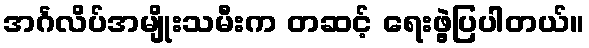
အင်္ဂလိပ်အမျိုးသမီးက တဆင့် ရေးဖွဲ့ပြပါတယ်။